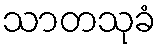
သာတသုခံ